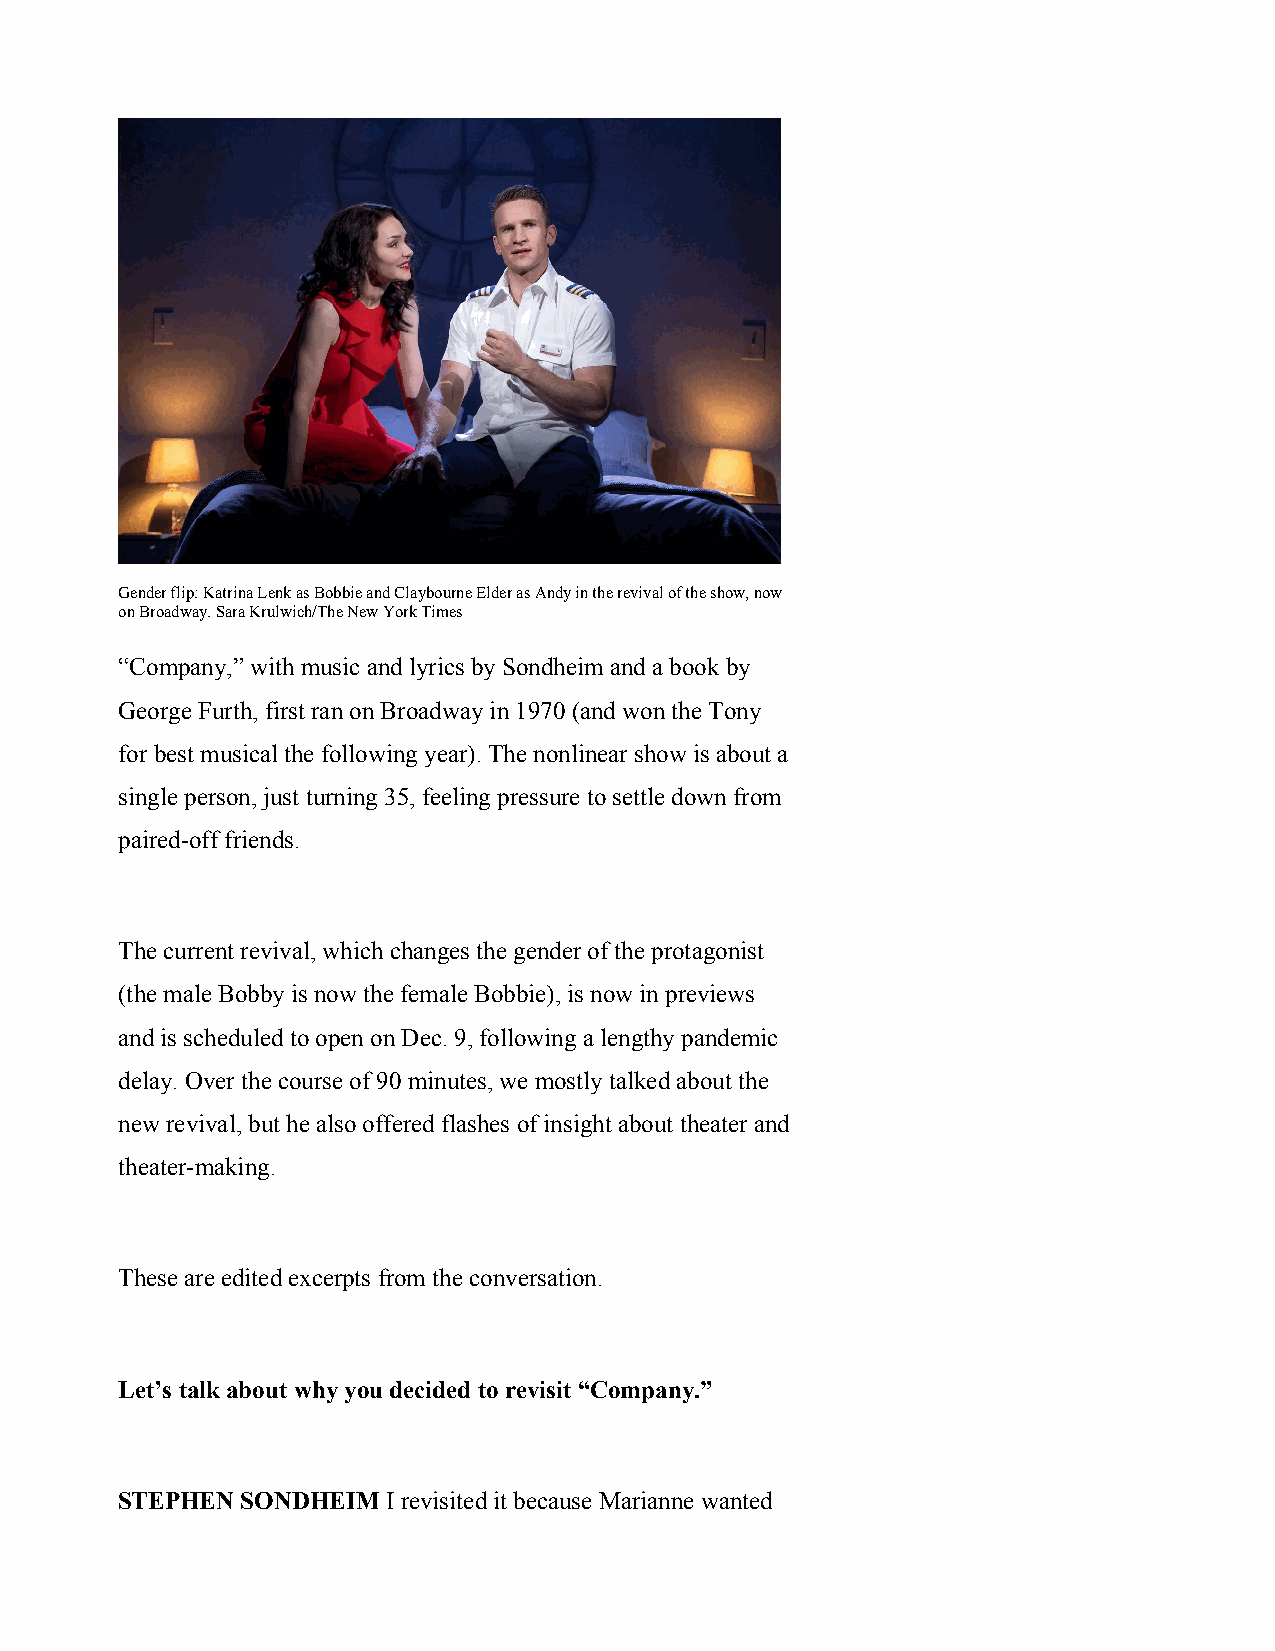
Gender flip: Katrina Lenk as Bobbie and Claybourne Elder as Andy in the revival of the show, now
 on Broadway. Sara Krulwich/The New York Times
 “Company,” with music and lyrics by Sondheim and a book by
 George Furth, first ran on Broadway in 1970 (and won the Tony
 for best musical the following year). The nonlinear show is about a
 single person, just turning 35, feeling pressure to settle down from
 paired-off friends.
 The current revival, which changes the gender of the protagonist
 (the male Bobby is now the female Bobbie), is now in previews
 and is scheduled to open on Dec. 9, following a lengthy pandemic
 delay. Over the course of 90 minutes, we mostly talked about the
 new revival, but he also offered flashes of insight about theater and
 theater-making.
 These are edited excerpts from the conversation.
 Let’s talk about why you decided to revisit “Company.”
 STEPHEN SONDHEIM  I revisited it because Marianne wanted